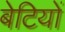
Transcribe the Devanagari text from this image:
बेटियाें